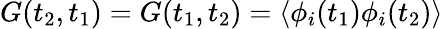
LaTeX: G(t_{2},t_{1})=G(t_{1},t_{2})=\langle\phi_{i}(t_{1})\phi_{i}(t_{2})\rangle